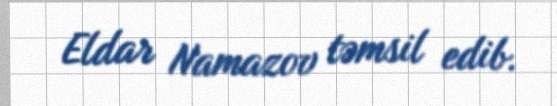
Eldar Namazov təmsil edib.